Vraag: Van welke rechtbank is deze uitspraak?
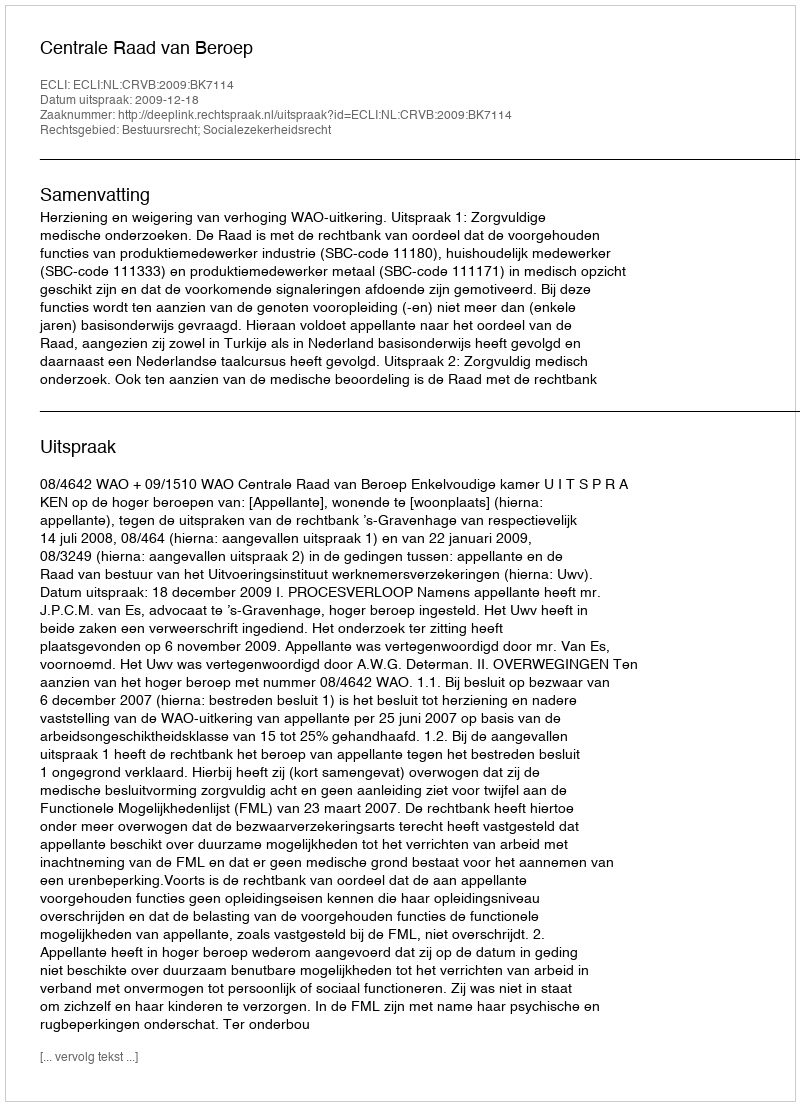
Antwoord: Centrale Raad van Beroep